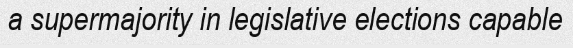
a supermajority in legislative elections capable